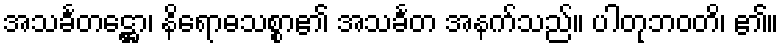
အသင်္ခတဋ္ဌော၊ နိရောဓသစ္စာ၏ အသင်္ခတ အနက်သည်။ ပါတုဘဝတိ၊ ၏။